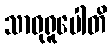
သာဓုရူပေါတိ